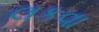
લકવા